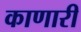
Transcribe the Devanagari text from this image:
काणारी